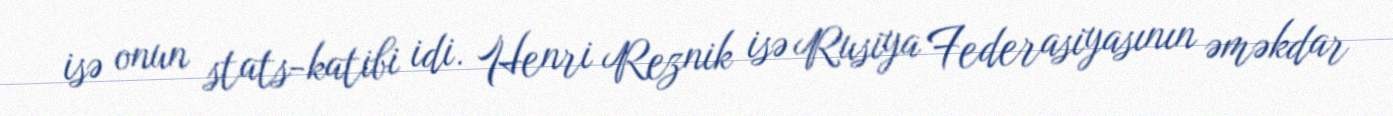
isə onun stats-katibi idi. Henri Reznik isə Rusiya Federasiyasının əməkdar